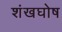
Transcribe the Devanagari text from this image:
शंखघोष